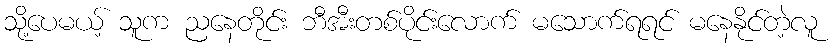
သို့ပေမယ့် သူက ညနေတိုင်း ဘီအီးတစ်ပိုင်းလောက် မသောက်ရရင် မနေနိုင်တဲ့လူ